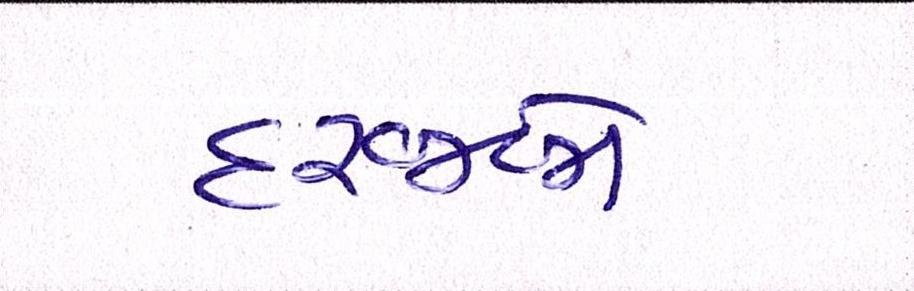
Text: દરજ્જો